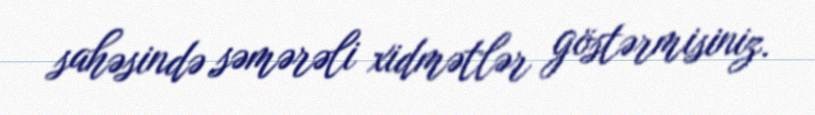
sahəsində səmərəli xidmətlər göstərmisiniz.